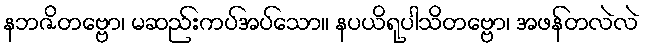
နဘဇိတဗ္ဗော၊ မဆည်းကပ်အပ်သော။ နပယိရုပါသိတဗ္ဗော၊ အဖန်တလဲလဲ